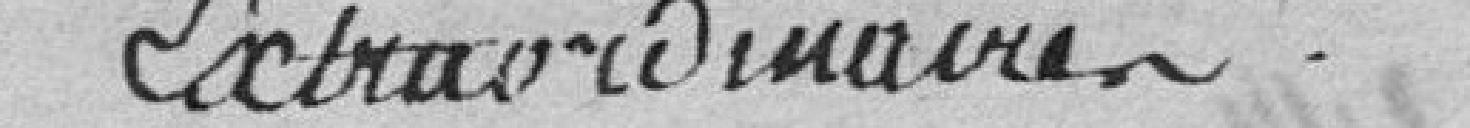
Extraordinaire